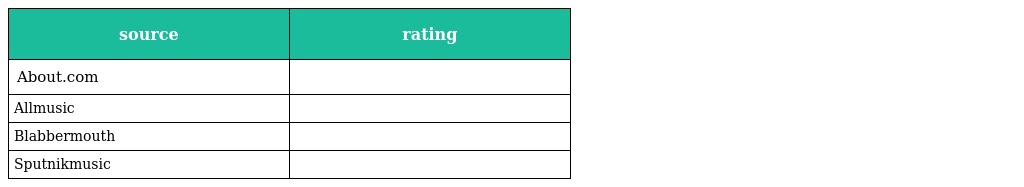
| source | rating |
 | --- | --- |
 | About.com |  |
 | Allmusic |  |
 | Blabbermouth |  |
 | Sputnikmusic |  |